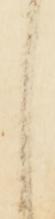
せ